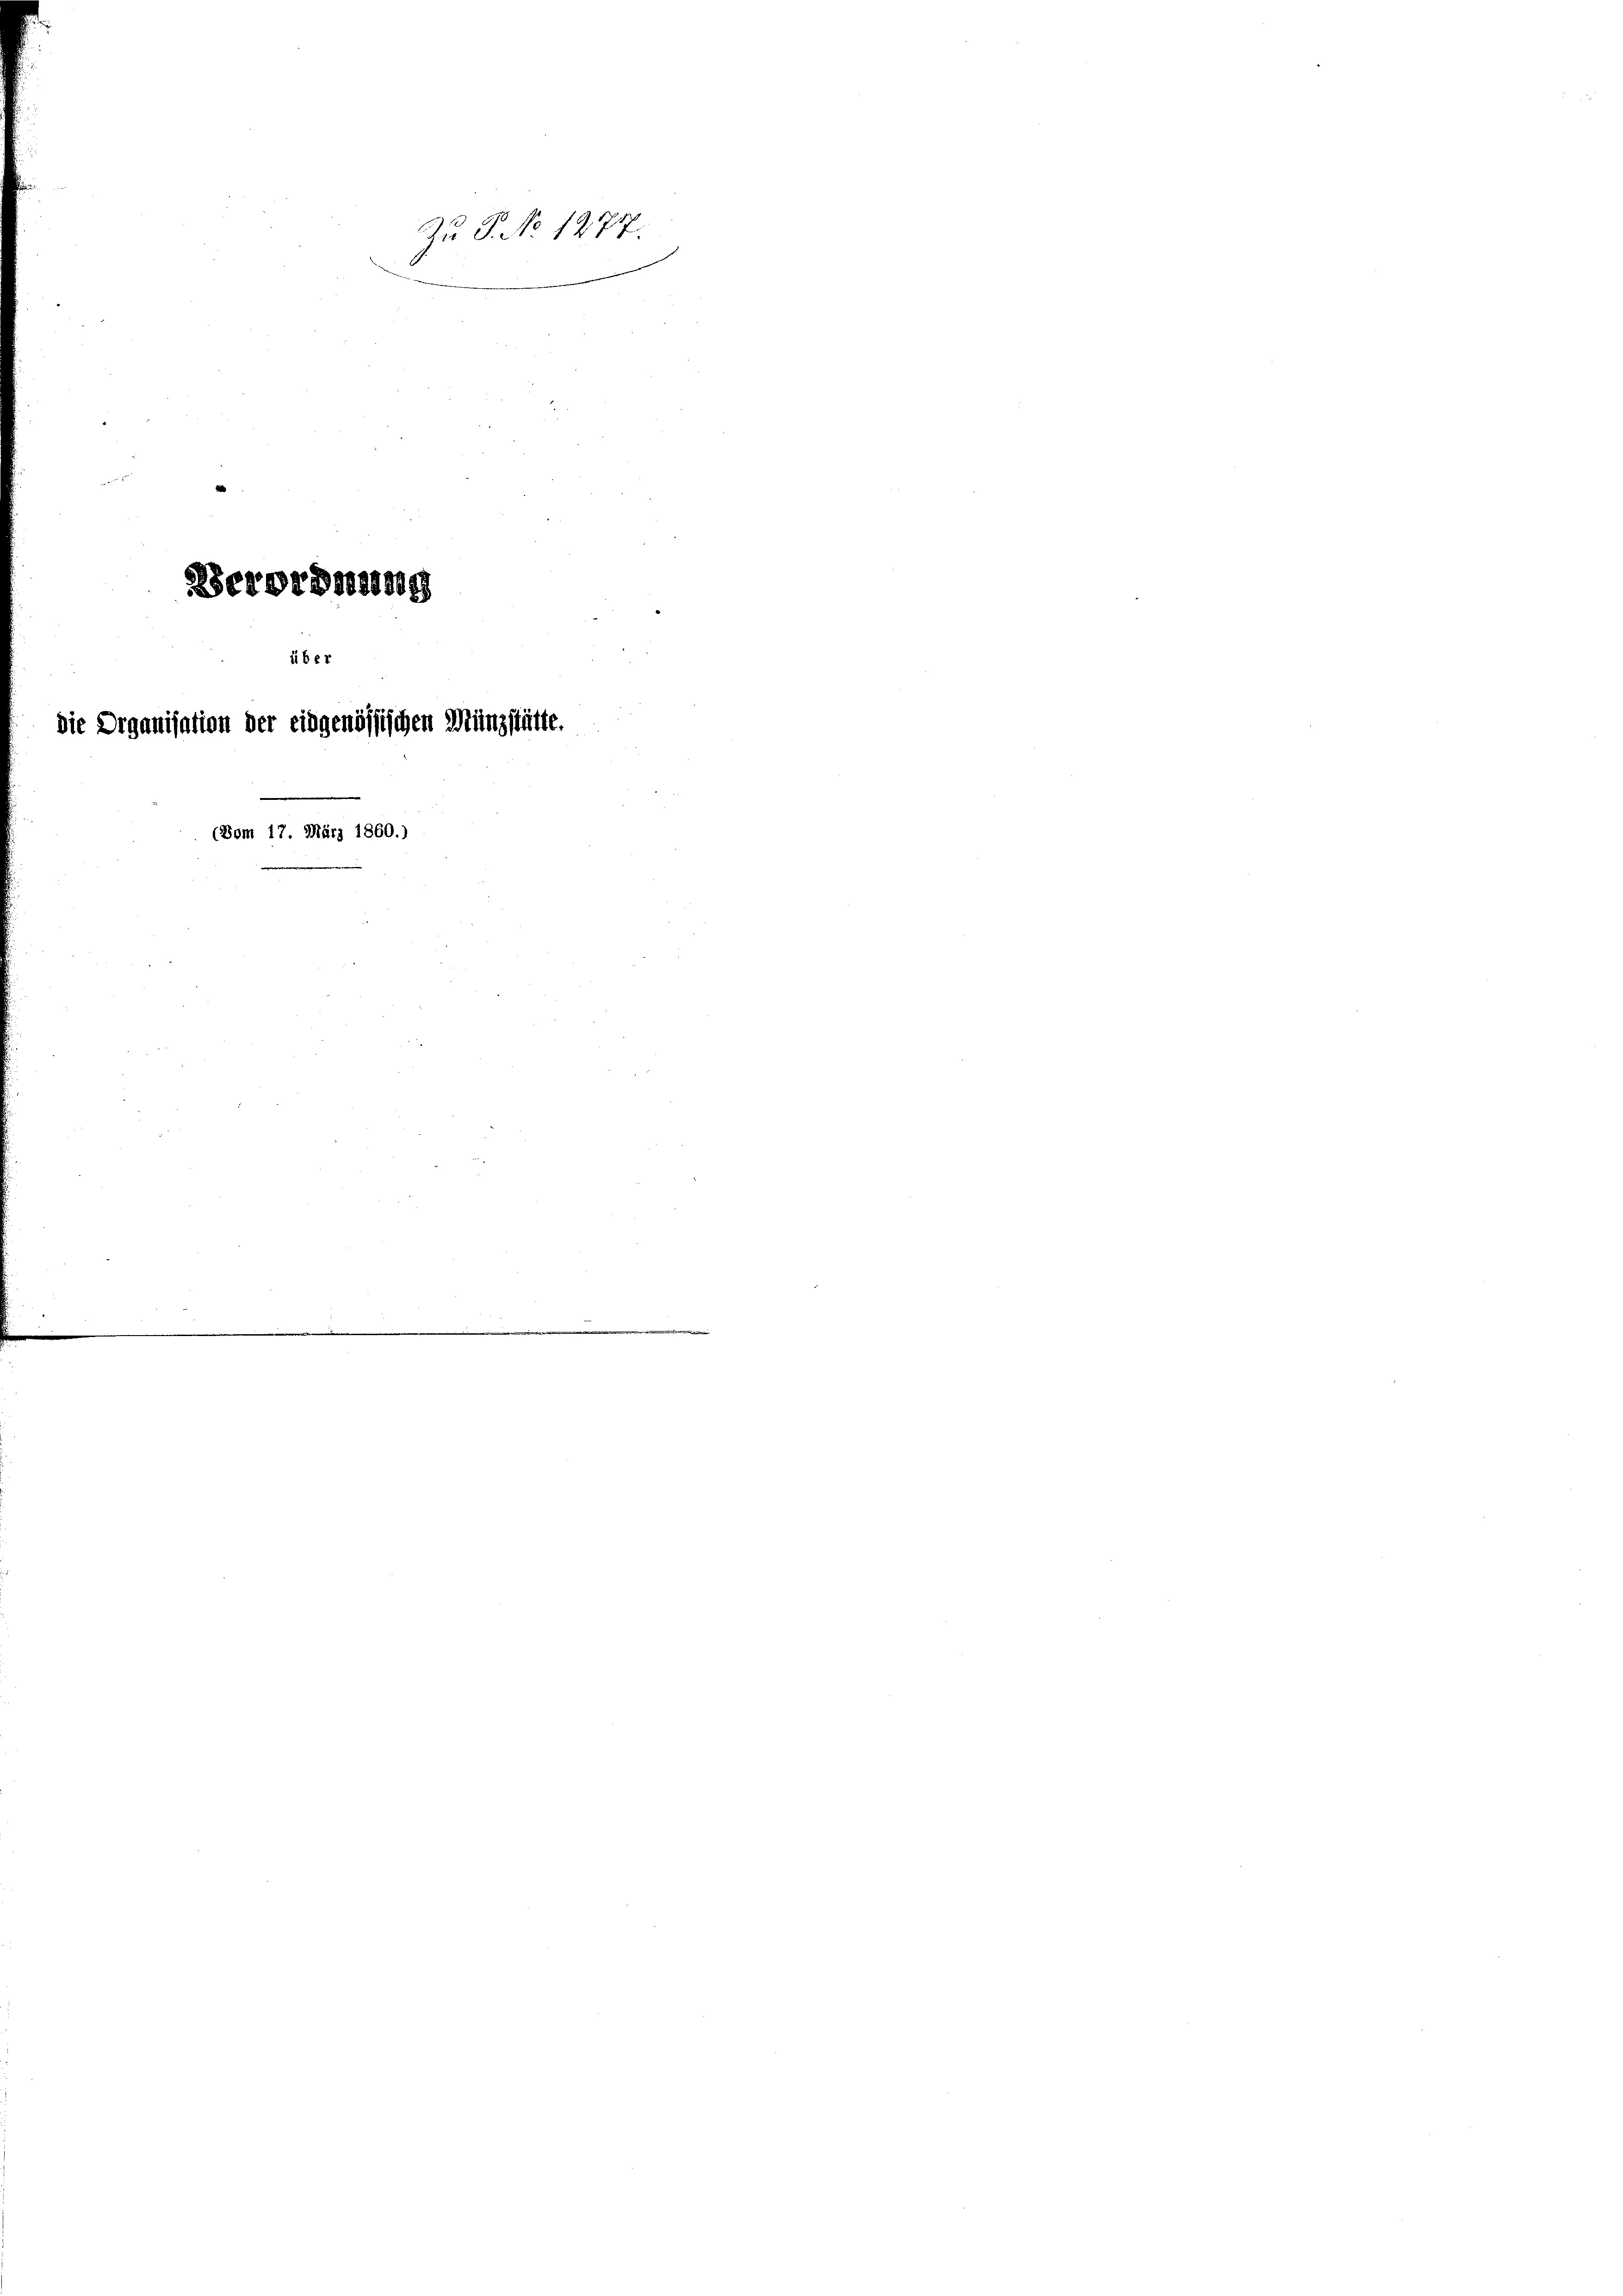
Zu P. No 1277.

Verordnung
über
die Drganisation der eidgenössischen Münzstätte.

(Bom 17. März 1860.)